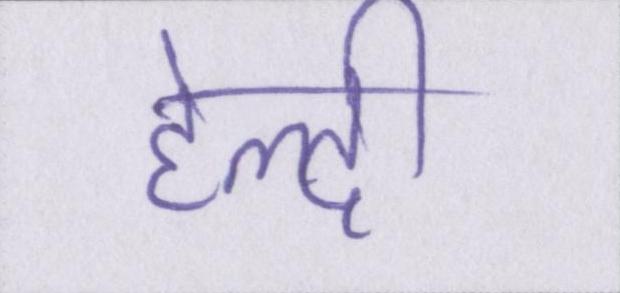
हेल्दी